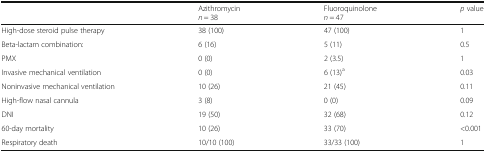
<table><thead><tr><td></td><td><b>Azithromycin<i>n</i> = 38</b></td><td><b>Fluoroquinolone<i>n</i> = 47</b></td><td><b><i>p</i> value</b></td></tr></thead><tbody><tr><td>High-dose steroid pulse therapy</td><td>38 (100)</td><td>47 (100)</td><td>1</td></tr><tr><td>Beta-lactam combination:</td><td>6 (16)</td><td>5 (11)</td><td>0.5</td></tr><tr><td>PMX</td><td>0 (0)</td><td>2 (3.5)</td><td>1</td></tr><tr><td>Invasive mechanical ventilation</td><td>0 (0)</td><td>6 (13)<sup>a</sup></td><td>0.03</td></tr><tr><td>Noninvasive mechanical ventilation</td><td>10 (26)</td><td>21 (45)</td><td>0.11</td></tr><tr><td>High-flow nasal cannula</td><td>3 (8)</td><td>0 (0)</td><td>0.09</td></tr><tr><td>DNI</td><td>19 (50)</td><td>32 (68)</td><td>0.12</td></tr><tr><td>60-day mortality</td><td>10 (26)</td><td>33 (70)</td><td>&lt;0.001</td></tr><tr><td>Respiratory death</td><td>10/10 (100)</td><td>33/33 (100)</td><td>1</td></tr></tbody></table>